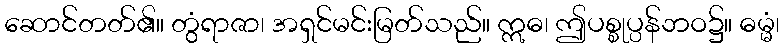
ဆောင်တတ်၏။ တွံရာဇာ၊ အရှင်မင်းမြတ်သည်။ ဣဓ၊ ဤပစ္စုပ္ပန်ဘဝ၌။ ဓမ္မံ၊